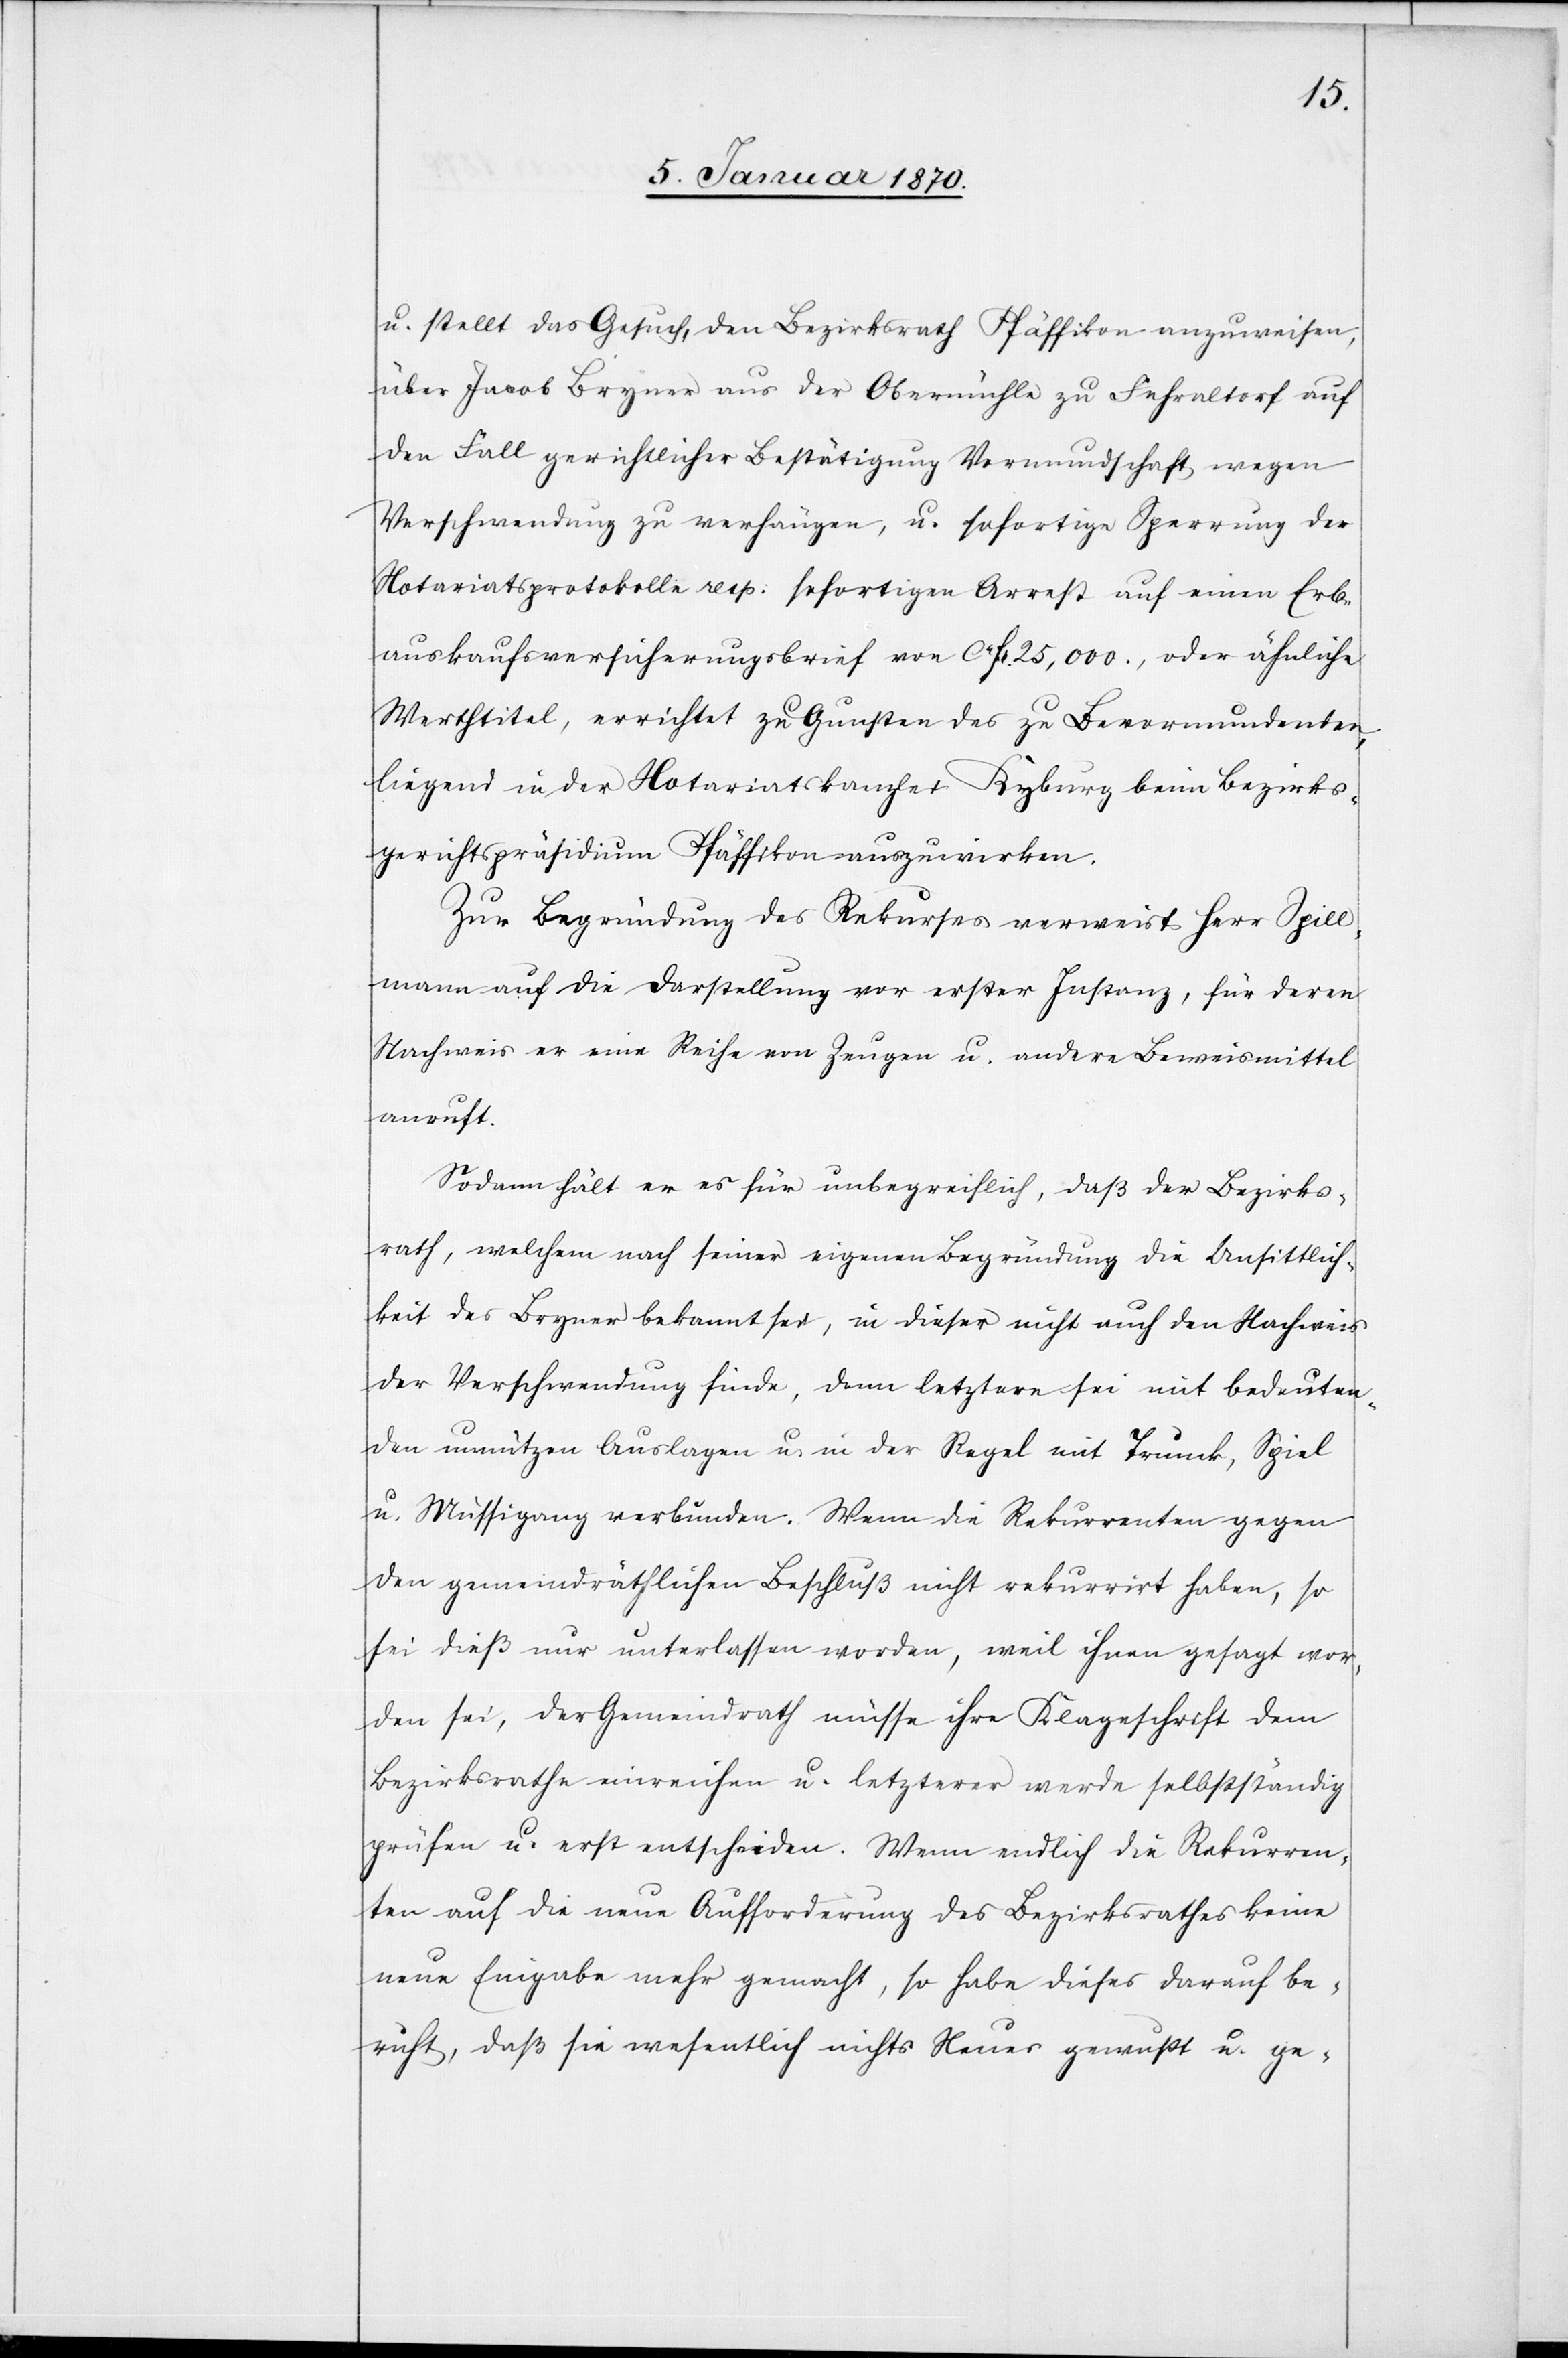
u. stellt das Gesuch, den Bezirksrath Pfäffikon anzuweisen,
über Jacob Bryner aus der Obermühle zu Fehraltorf auf
den Fall gerichtlicher Bestätigung Vormundschaft wegen
Verschwendung zu verfügen, u. sofortige Sperrung der
Notariatsprotokolle resp. sofortigen Arrest auf einen Erb¬
auskaufsversicherungsbrief von ca fr. 25,000., oder ähnliche
Werthtitel, errichtet zu Gunsten des zu Bevormundenden,
liegend in der Notariatskanzlei Kyburg beim Bezirks¬
gerichtspräsidium Pfäffikon auszuwirken.
Zur Begründung des Rekurses verweist Herr Spill¬
mann auf die Darstellung vor erster Instanz, für deren
Nachweis er eine Reihe von Zeugen u. andere Beweismittel
anruft.
Sodann hält er es für unbegreiflich, daß der Bezirks¬
rath, welchem nach seiner eigenen Begründung die Unsittlich¬
keit des Bryner bekannt sei, in dieser nicht auch den Nachweis
der Verschwendung finde, denn letztere sei mit bedeuten¬
den unnützen Auslagen u. in der Regel mit Trunk, Spiel
u. Müssigang verbunden. Wenn die Rekurrenten gegen
den gemeindräthlichen Beschluß nicht rekurrirt haben, so
sei dieß nur unterlassen worden, weil ihnen gesagt wor¬
den sei, der Gemeindrath müsse ihre Klageschrift dem
Bezirksrathe einreichen u. letzterer werde selbstständig
prüfen u. erst entscheiden. Wenn endlich die Rekurren¬
ten auf die neue Aufforderung des Bezirksrathes keine
neue Eingabe mehr gemacht, so habe dieser darauf be¬
ruht, daß sie wesentlich nichts Neues gewußt u. ge-